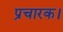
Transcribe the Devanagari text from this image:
प्रचारक।